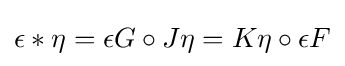
\epsilon *\eta =\epsilon G\circ J\eta =K\eta \circ \epsilon F